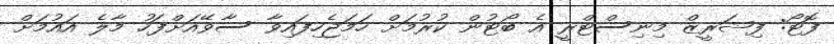
ފޮޓޯ: ފިޝަރީޒް މިނިސްޓްރީ އެ ބޯޓުން ކުރުމަށް ހަމަޖެހިފައިވާ ސާވޭއަށްފަހު މާލެ އައުމަށް